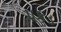
પકડ